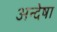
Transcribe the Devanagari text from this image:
अन्देषा